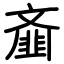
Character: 齑